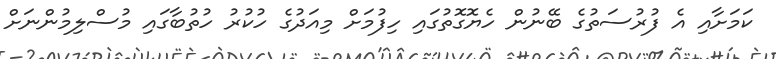
ކަމަށާއި އެ ފުރުސަތުގެ ބޭނުން ހެޔޮގޮތުގައި ހިފުމަށް މިއަދުގެ ހުކުރު ހުތުބާގައި މުސްލިމުންނަށް